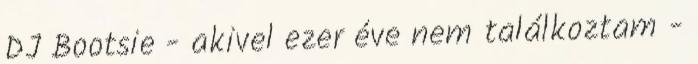
DJ Bootsie - akivel ezer éve nem találkoztam -